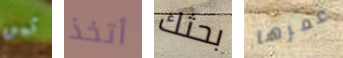
ثمن أتخذ بحثك عمرها